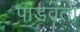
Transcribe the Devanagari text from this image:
पाडवता